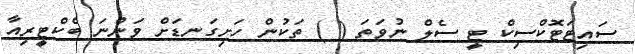
ސައިޓަޓޮކްސިކް ޓީ ސެލް ނުވަތަ ( ) ތަކުން ހަށިގަނޑަށް ވަންނަ ބެކްޓީރިއާ